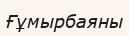
Ғұмырбаяны